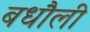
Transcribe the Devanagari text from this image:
बधौली